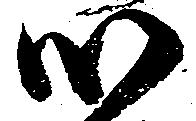
心